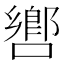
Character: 㗽